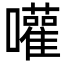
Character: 嚾